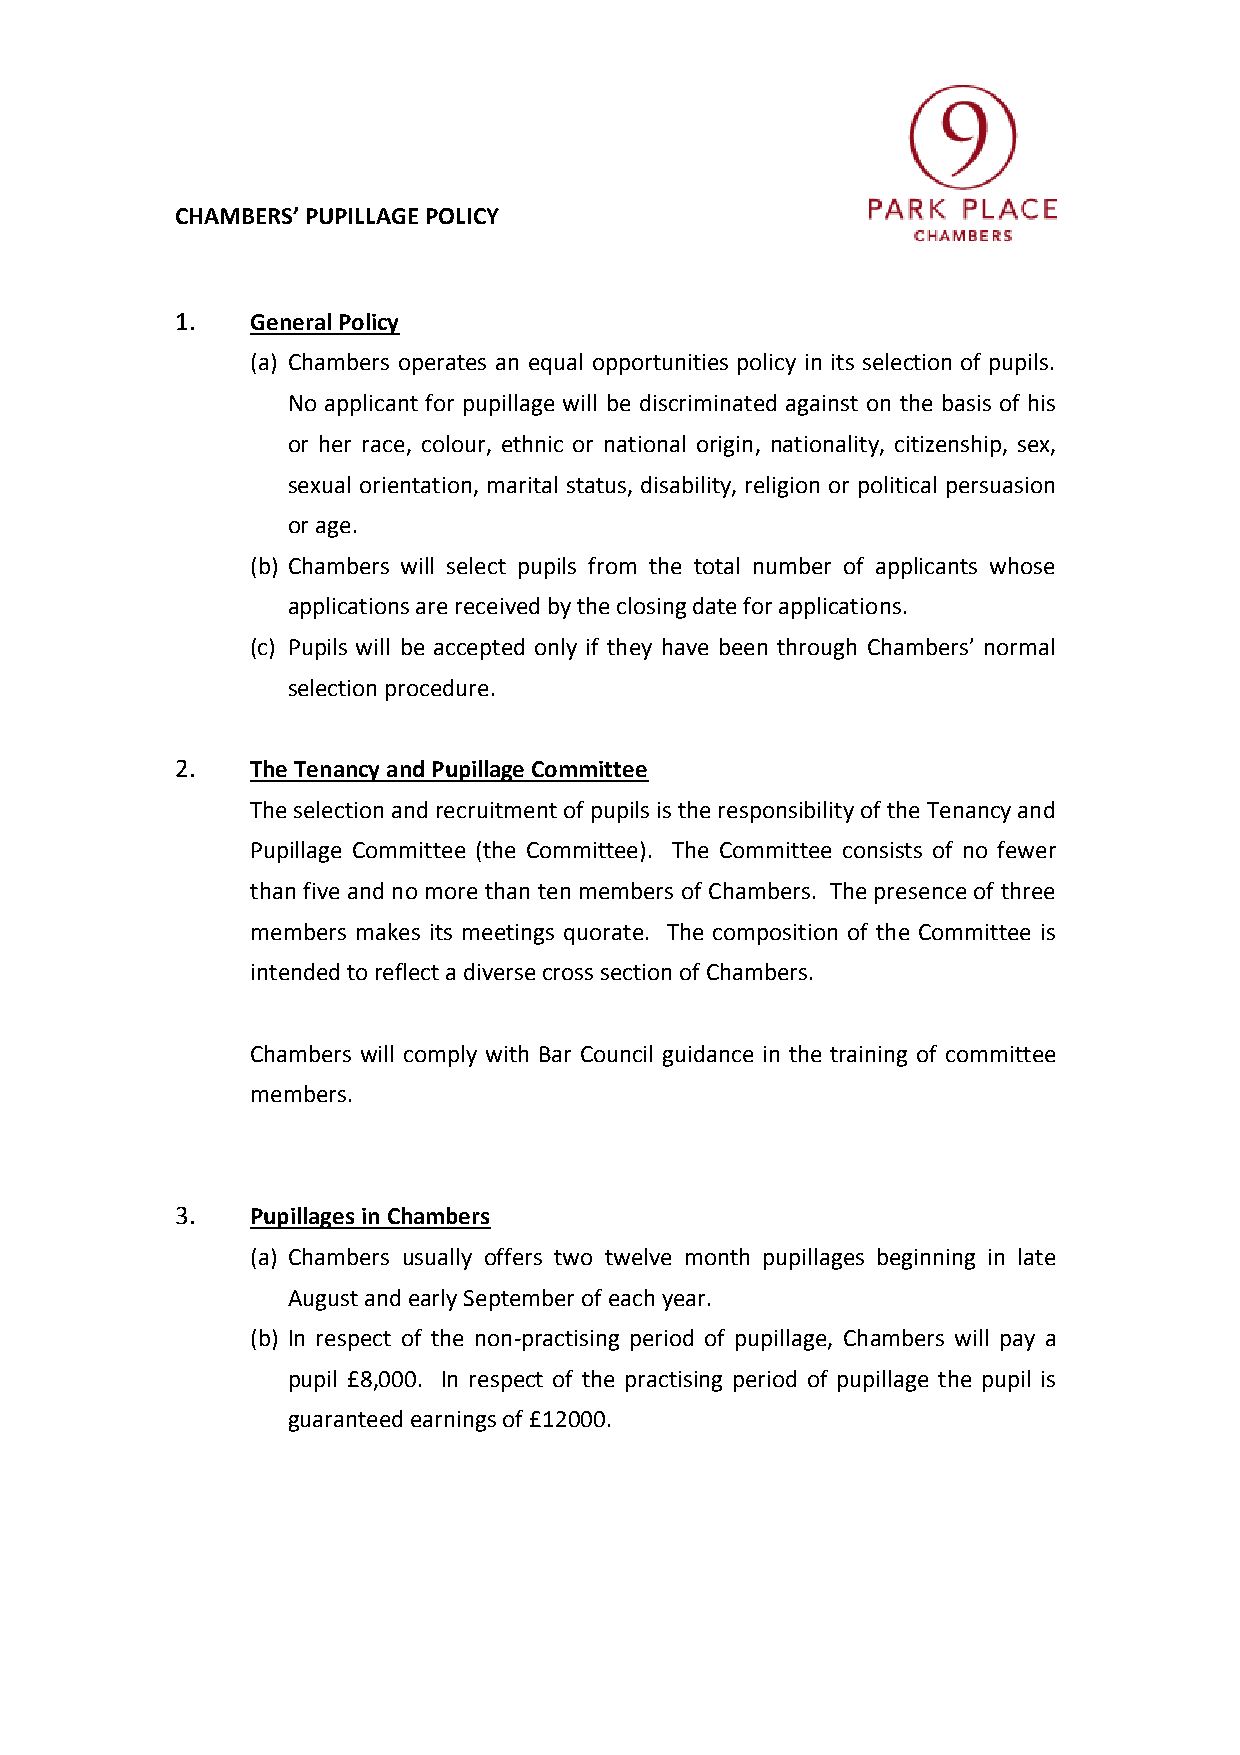
CHAMBERS’ PUPILLAGE POLICY
 1.   General Policy
 (a) Chambers operates an equal opportunities policy in its selection of pupils.
 No applicant for pupillage will be discriminated against on the basis of his
 or her race, colour, ethnic or national origin, nationality, citizenship, sex,
 sexual orientation, marital status, disability, religion or political persuasion
 or age.
 (b) Chambers will select pupils from the total number of applicants whose
 applications are received by the closing date for applications.
 (c) Pupils will be accepted only if they have been through Chambers’ normal
 selection procedure.
 2.   The Tenancy and Pupillage Committee
 The selection and recruitment of pupils is the responsibility of the Tenancy and
 Pupillage Committee (the Committee). The Committee consists of no fewer
 than five and no more than ten members of Chambers. The presence of three
 members makes its meetings quorate. The composition of the Committee is
 intended to reflect a diverse cross section of Chambers.
 Chambers will comply with Bar Council guidance in the training of committee
 members.
 3.   Pupillages in Chambers
 (a) Chambers usually offers two twelve month pupillages beginning in late
 August and early September of each year.
 (b) In respect of the non-practising period of pupillage, Chambers will pay a
 pupil £8,000. In respect of the practising period of pupillage the pupil is
 guaranteed earnings of £12000.